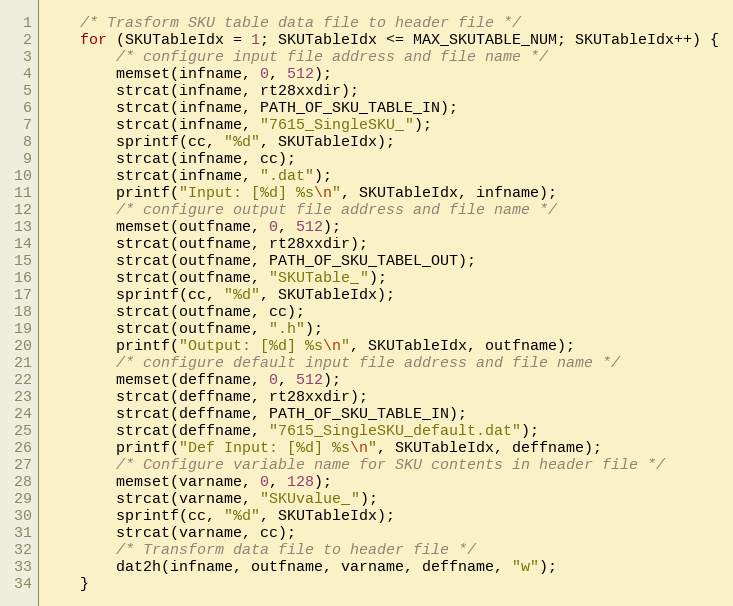
Language: C
	/* Trasform SKU table data file to header file */
	for (SKUTableIdx = 1; SKUTableIdx <= MAX_SKUTABLE_NUM; SKUTableIdx++) {
		/* configure input file address and file name */
		memset(infname, 0, 512);
		strcat(infname, rt28xxdir);
		strcat(infname, PATH_OF_SKU_TABLE_IN);
		strcat(infname, "7615_SingleSKU_");
		sprintf(cc, "%d", SKUTableIdx);
		strcat(infname, cc);
		strcat(infname, ".dat");
		printf("Input: [%d] %s\n", SKUTableIdx, infname);
		/* configure output file address and file name */
		memset(outfname, 0, 512);
		strcat(outfname, rt28xxdir);
		strcat(outfname, PATH_OF_SKU_TABEL_OUT);
		strcat(outfname, "SKUTable_");
		sprintf(cc, "%d", SKUTableIdx);
		strcat(outfname, cc);
		strcat(outfname, ".h");
		printf("Output: [%d] %s\n", SKUTableIdx, outfname);
		/* configure default input file address and file name */
		memset(deffname, 0, 512);
		strcat(deffname, rt28xxdir);
		strcat(deffname, PATH_OF_SKU_TABLE_IN);
		strcat(deffname, "7615_SingleSKU_default.dat");
		printf("Def Input: [%d] %s\n", SKUTableIdx, deffname);
		/* Configure variable name for SKU contents in header file */
		memset(varname, 0, 128);
		strcat(varname, "SKUvalue_");
		sprintf(cc, "%d", SKUTableIdx);
		strcat(varname, cc);
		/* Transform data file to header file */
		dat2h(infname, outfname, varname, deffname, "w");
	}